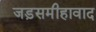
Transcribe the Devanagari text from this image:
जड़समीहावाद